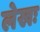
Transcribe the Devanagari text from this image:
लेखः